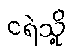
ငရဲသို့